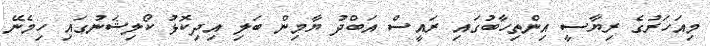
މިއަހަރުގެ ރިޔާސީ އިންތިހާބުގައި ރައީސް އަބްދު ޔާމިން ބަލި އިދިކޮޅު ކޯލިޝަނުގައި ހިމެނޭ